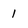
Character: 1